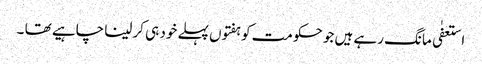
استعفٰی مانگ رہے ہیں جو حکومت کو ہفتوں پہلے خود ہی کر لینا چاہیے تھا ۔